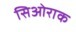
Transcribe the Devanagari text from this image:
सिओराक